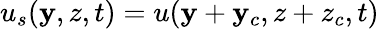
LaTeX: u_{s}(\mathbf{y},z,t)=u(\mathbf{y}+\mathbf{y}_{c},z+z_{c},t)